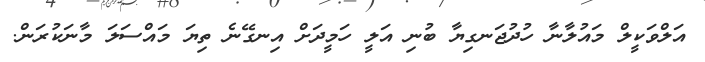
އަލްވަކީލް މައުލާނާ ހުދުޖަނގިޔާ ބުނި އަލީ ހަމީދަށް އިނގޭނެ ތިޔަ މައްސަލަ މާނަކުރަން.